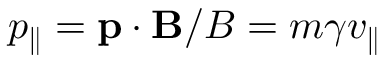
p _ { \parallel } = \mathbf { p } \cdot \mathbf { B } / B = m \gamma v _ { \parallel }